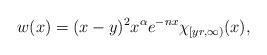
LaTeX: \begin{align*} w(x) = (x-y)^{2} x^{\alpha} e^{-n x} \chi_{[yr,\infty)}(x),\end{align*}